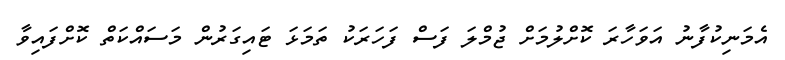
އެމަނިކުފާނު އަވަހާރަ ކޮށްލުމަށް ޖުމްލަ ފަސް ފަހަރަކު ތަމަޅަ ޓައިގަރުން މަސައްކަތް ކޮށްފައިވާ